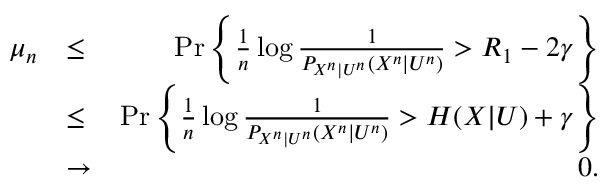
\begin{array} { r l r } { \mu _ { n } } & { \le } & { \operatorname* { P r } \left\{ \frac { 1 } { n } \log \frac { 1 } { P _ { X ^ { n } | U ^ { n } } ( X ^ { n } | U ^ { n } ) } > R _ { 1 } - 2 \gamma \right\} } \\ & { \le } & { \operatorname* { P r } \left\{ \frac { 1 } { n } \log \frac { 1 } { P _ { X ^ { n } | U ^ { n } } ( X ^ { n } | U ^ { n } ) } > H ( X | U ) + \gamma \right\} } \\ & { \to } & { 0 . } \end{array}